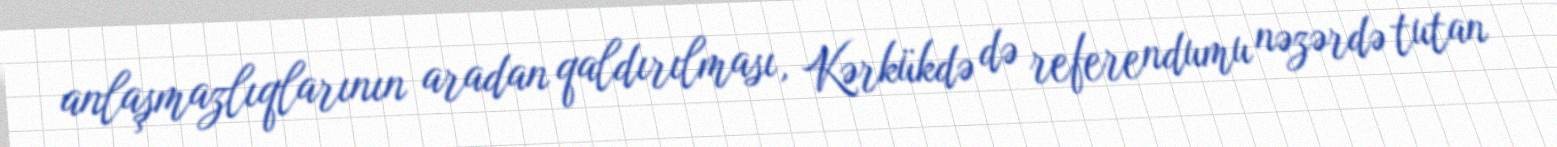
anlaşmazlıqlarının aradan qaldırılması, Kərkükdə də referendumu nəzərdə tutan